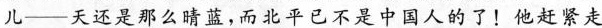
儿—天还是那么晴蓝，而北平已不是中国人的了!他赶紧走